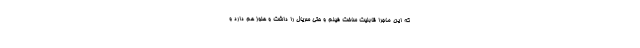
که این ماجرا قابلیت ساخت فیلم و حتی سریال را داشت و هنوز هم دارد و